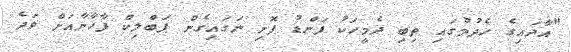
"އާދައިގެ ހެދުމުގައި ތިބި ދެމީހަކު ފަންޑު ފޮށި ނަގައިގެން ޕަބްލިކް ފާހާނާއަށް ވަދެ